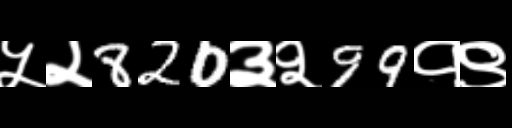
Text: ५२820३२99१९